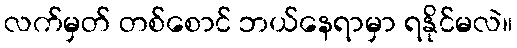
လက်မှတ် တစ်စောင် ဘယ်နေရာမှာ ရနိုင်မလဲ။